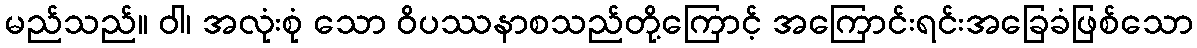
မည်သည်။ ဝါ၊ အလုံးစုံ သော ဝိပဿနာစသည်တို့ကြောင့် အကြောင်းရင်းအခြေခံဖြစ်သော